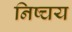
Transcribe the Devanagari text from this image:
निष्चय